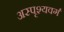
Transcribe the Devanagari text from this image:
अस्पृश्यवर्ग